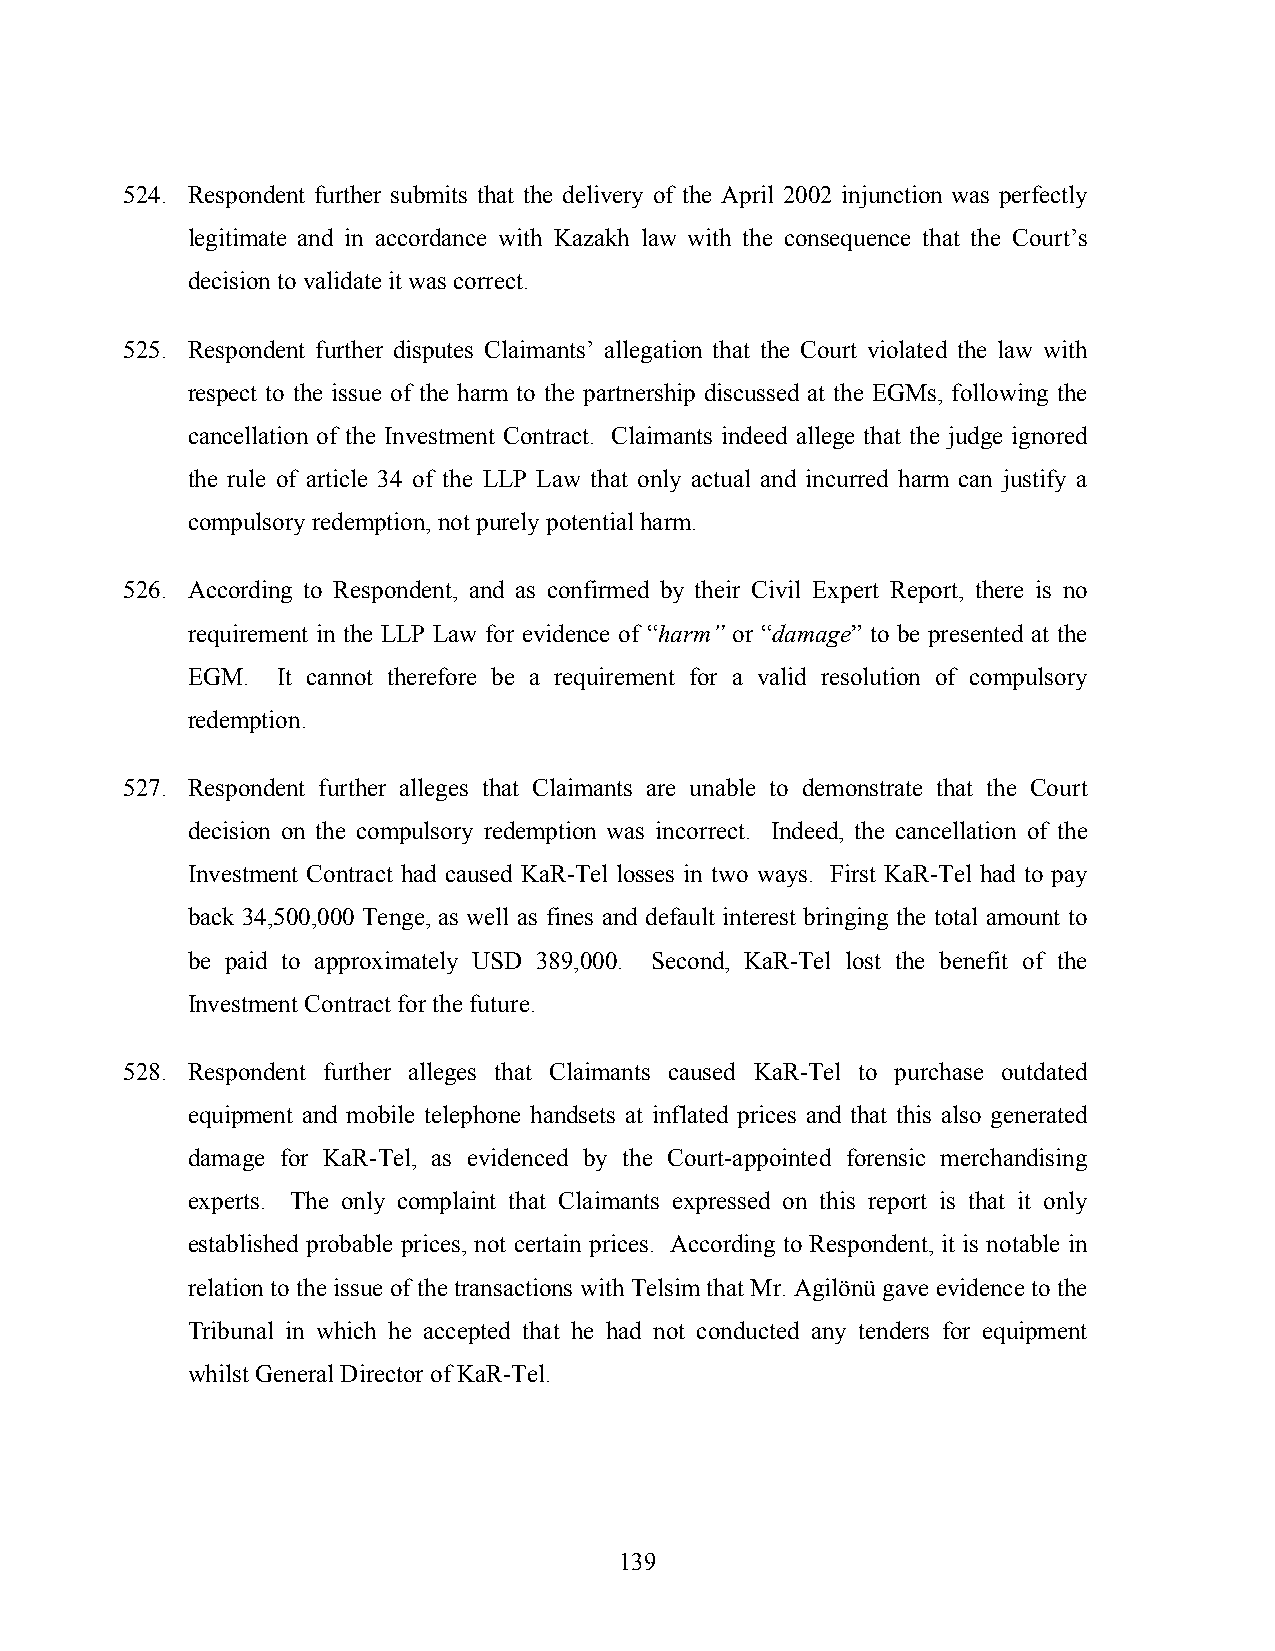
524. Respondent further submits that the delivery of the April 2002 injunction was perfectly
 legitimate and in accordance with Kazakh law with the consequence that the Court’s
 decision to validate it was correct.
 525. Respondent further disputes Claimants’ allegation that the Court violated the law with
 respect to the issue of the harm to the partnership discussed at the EGMs, following the
 cancellation of the Investment Contract. Claimants indeed allege that the judge ignored
 the rule of article 34 of the LLP Law that only actual and incurred harm can justify a
 compulsory redemption, not purely potential harm.
 526. According to Respondent, and as confirmed by their Civil Expert Report, there is no
 requirement in the LLP Law for evidence of “harm” or “damage” to be presented at the
 EGM.  It cannot therefore be a requirement for a valid resolution of compulsory
 redemption.
 527. Respondent further alleges that Claimants are unable to demonstrate that the Court
 decision on the compulsory redemption was incorrect. Indeed, the cancellation of the
 Investment Contract had caused KaR-Tel losses in two ways. First KaR-Tel had to pay
 back 34,500,000 Tenge, as well as fines and default interest bringing the total amount to
 be paid to approximately USD 389,000. Second, KaR-Tel lost the benefit of the
 Investment Contract for the future.
 528. Respondent further alleges that Claimants caused KaR-Tel to purchase outdated
 equipment and mobile telephone handsets at inflated prices and that this also generated
 damage for KaR-Tel, as evidenced by the Court-appointed forensic merchandising
 experts. The only complaint that Claimants expressed on this report is that it only
 established probable prices, not certain prices. According to Respondent, it is notable in
 relation to the issue of the transactions with Telsim that Mr. Agilönü gave evidence to the
 Tribunal in which he accepted that he had not conducted any tenders for equipment
 whilst General Director of KaR-Tel.
 139